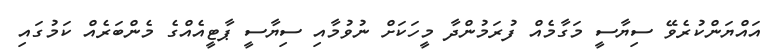
އައްޔަންކުރެވޭ ސިޔާސީ މަގާމެއް ފުރަމުންދާ މީހަކަށް ނުވުމާއި ސިޔާސީ ޕާޓީއެއްގެ މެންބަރެއް ކަމުގައި